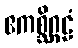
ဧကစ္ဆိဂ္ဂဠံ